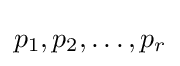
p_{1},p_{2},\ldots ,p_{r}